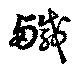
鹹